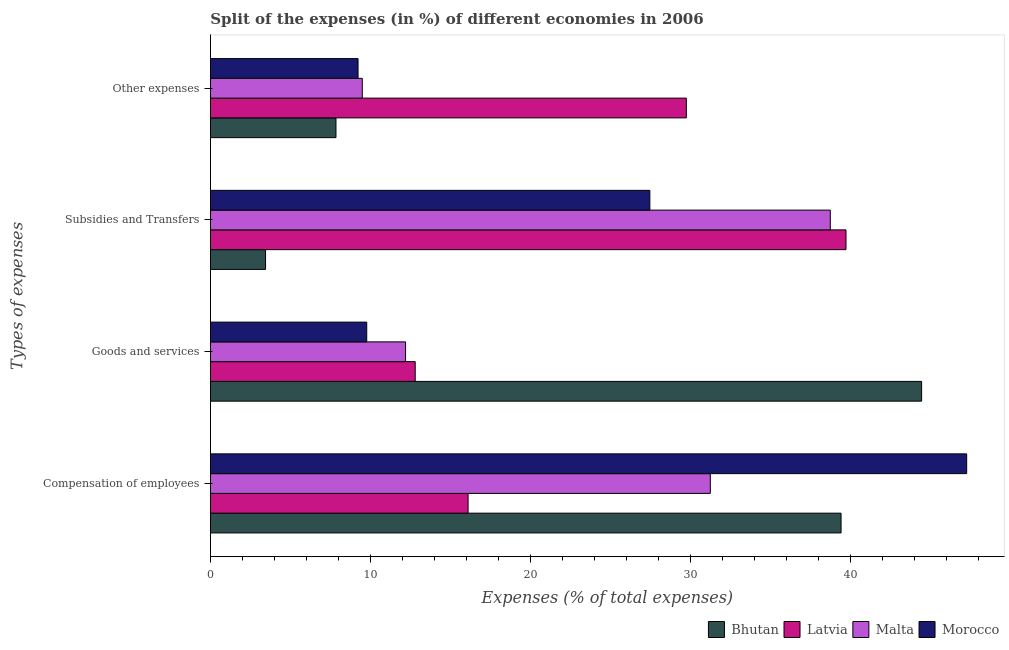
| Types of expenses | Bhutan | Latvia | Malta | Morocco |
 | --- | --- | --- | --- | --- |
 | Compensation of employees | 39.4 | 16.1 | 31.2 | 47.3 |
 | Goods and services | 44.4 | 12.8 | 12.2 | 9.77 |
 | Subsidies and Transfers | 3.45 | 39.7 | 38.7 | 27.5 |
 | Other expenses | 7.85 | 29.7 | 9.49 | 9.23 |